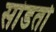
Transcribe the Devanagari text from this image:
सांडतो